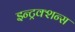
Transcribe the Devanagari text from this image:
इन्ट्रक्शन्स